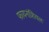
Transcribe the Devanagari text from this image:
फायनांशियल